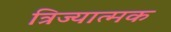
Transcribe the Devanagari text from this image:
त्रिज्यात्मक